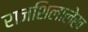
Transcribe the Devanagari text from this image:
राजशिलालेख